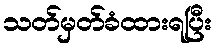
သတ်မှတ်ခံထားရပြီး